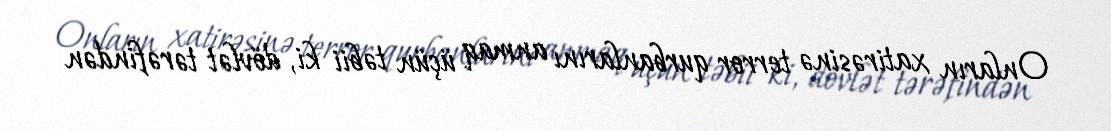
Onların xatirəsinə terror qurbanlarını anmaq üçün təbii ki, dövlət tərəfindən